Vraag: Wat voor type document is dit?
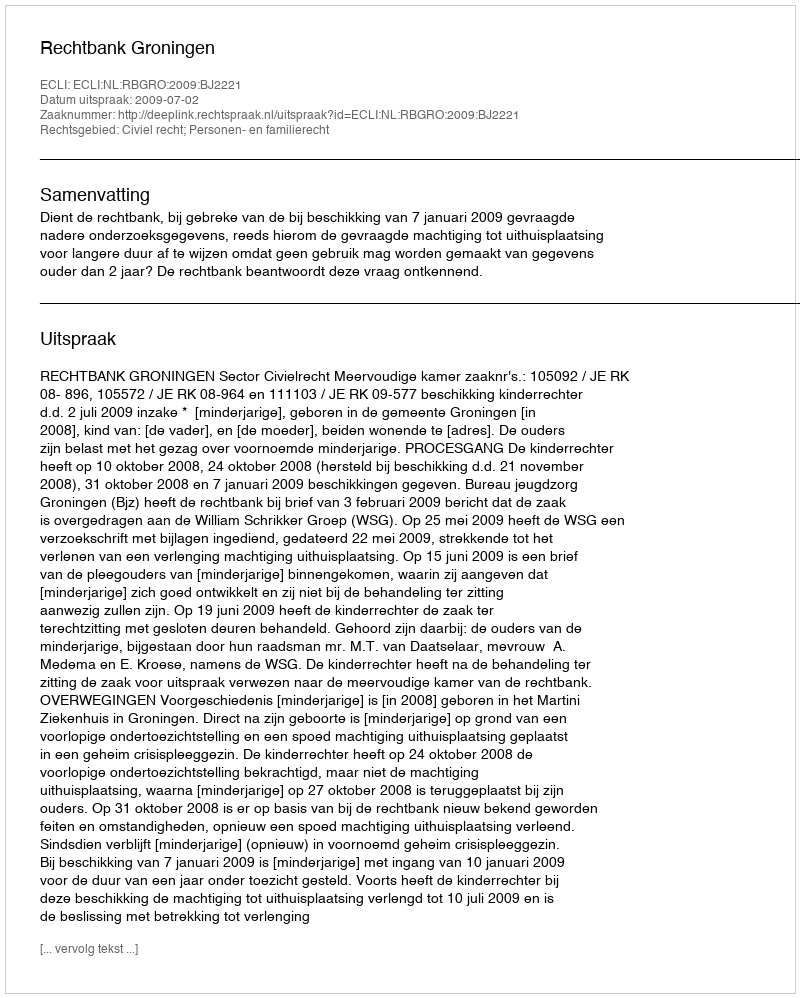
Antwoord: Uitspraak